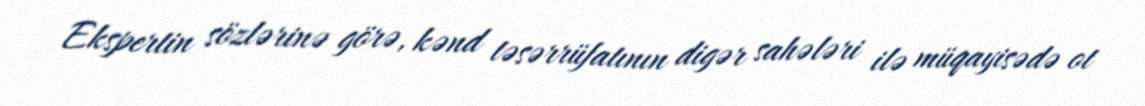
Ekspertin sözlərinə görə, kənd təsərrüfatının digər sahələri ilə müqayisədə ot